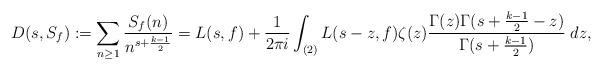
LaTeX: \begin{align*} D(s, S_f) := \sum_{n \geq 1} \frac{S_f(n)}{n^{s + \frac{k-1}{2}}} = L(s, f) + \frac{1}{2\pi i} \int_{(2)} L(s-z, f) \zeta(z) \frac{\Gamma(z) \Gamma(s + \frac{k-1}{2} - z)}{\Gamma(s + \frac{k-1}{2})} \; dz, \end{align*}